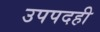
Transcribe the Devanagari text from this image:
उपपदही